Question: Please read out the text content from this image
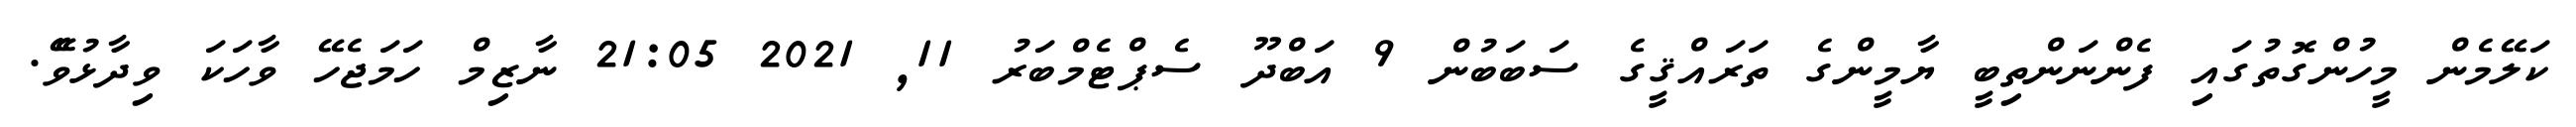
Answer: ކަލޭމެން މީހުންގޮތުގައި ފެންނަންތިބީ ޔާމީންގެ ތަރައްޤީގެ ސަބަބުން 9 އަބްދޫ ސެޕްޓެމްބަރު 11, 2021 21:05 ނާޒިމް ހަމަޖެހޭ ވާހަކަ ވިދާޅުވެޭ.